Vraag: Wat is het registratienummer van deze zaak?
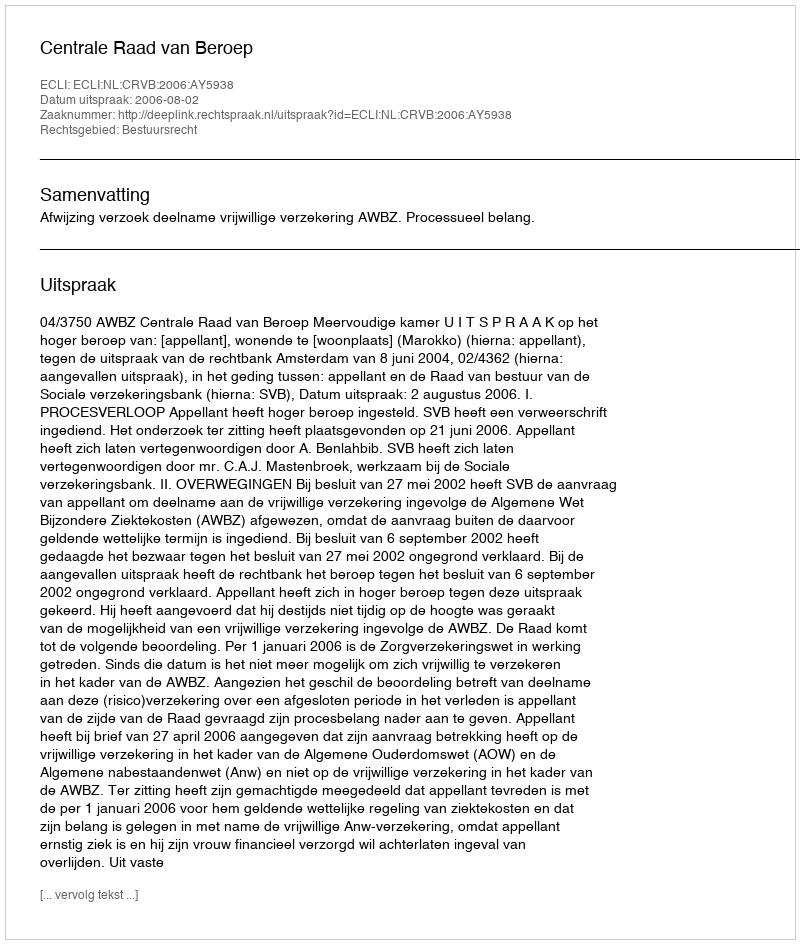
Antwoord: http://deeplink.rechtspraak.nl/uitspraak?id=ECLI:NL:CRVB:2006:AY5938